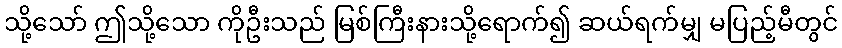
သို့သော် ဤသို့သော ကိုဦးသည် မြစ်ကြီးနားသို့ရောက်၍ ဆယ်ရက်မျှ မပြည့်မီတွင်